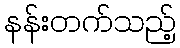
နန်းတက်သည့်